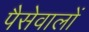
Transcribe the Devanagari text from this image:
पैसेवालों